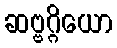
ဆဗ္ဗဂ္ဂိယော